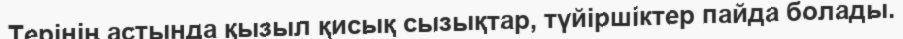
Терінің астында қызыл қисық сызықтар, түйіршіктер пайда болады.